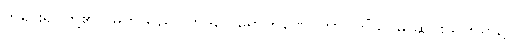
ဘုရားရှင်တို့၏။ မြတ်သည်။ တိဒိဝေါရောဟဏေ၊ တာဝတိံသာမှ ဆင်းသက်ရာ၌။